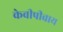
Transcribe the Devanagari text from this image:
केवीपीवाय